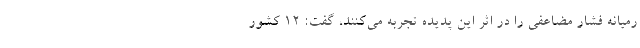
رمیانه فشار مضاعفی را در اثر این پدیده تجربه می‌کنند، گفت: ۱۲ کشور